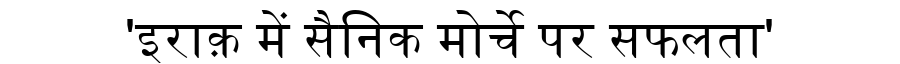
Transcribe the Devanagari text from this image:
'इराक़ में सैनिक मोर्चे पर सफलता'